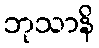
ဘုသာနိ